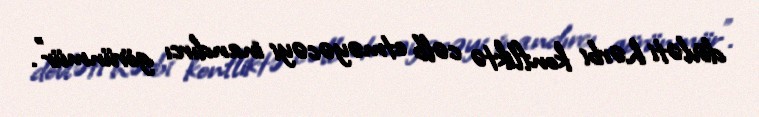
dövləti hərbi konfliktə cəlb etməyəcəyi inandırcı görünmür".